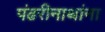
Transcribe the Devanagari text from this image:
पंढरीनाथांना